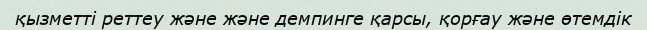
қызметті реттеу және және демпинге қарсы, қорғау және өтемдік